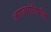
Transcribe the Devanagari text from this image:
जगज्योतिर्मल्ल